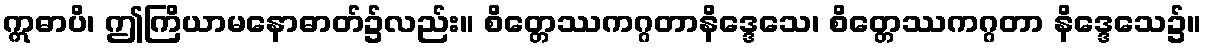
ဣဓာပိ၊ ဤကြိယာမနောဓာတ်၌လည်း။ စိတ္တေဿကဂ္ဂတာနိဒ္ဒေသေ၊ စိတ္တေဿကဂ္ဂတာ နိဒ္ဒေသေ၌။